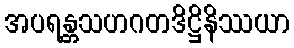
အပရန္တသဟဂတဒိဋ္ဌိနိဿယာ